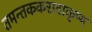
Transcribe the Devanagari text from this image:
तमन्तककरादाकृष्य